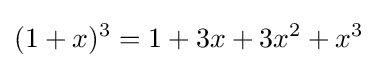
(1+x)^{3}=1+3x+3x^{2}+x^{3}